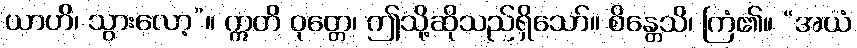
ယာဟိ၊ သွားလော့”။ ဣတိ ဝုတ္တေ၊ ဤသို့ဆိုသည်ရှိသော်။ စိန္တေသိ၊ ကြံ၏။ “အယံ